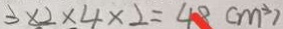
3 \times 2 \times 4 \times 2 = 4 8 ( m ^ { 3 } )